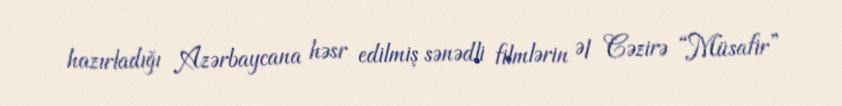
hazırladığı Azərbaycana həsr edilmiş sənədli filmlərin Əl Cəzirə “Müsafir”